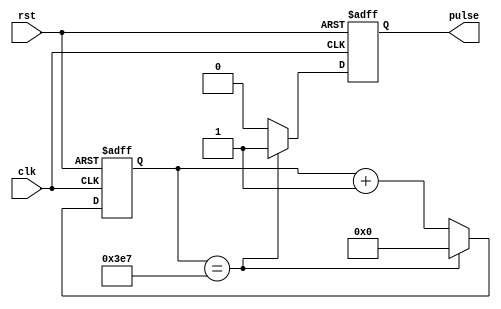
module synchronous_pulse_generator(
    input wire clk,
    input wire rst,
    output reg pulse
);

reg [15:0] count;

always @(posedge clk or posedge rst) begin
    if (rst) begin
        count <= 16'd0;
        pulse <= 1'b0;
    end
    else begin
        if (count == 16'd999) begin
            count <= 16'd0;
            pulse <= 1'b1;
        end
        else begin
            count <= count + 16'd1;
            pulse <= 1'b0;
        end
    end
end

endmodule